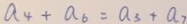
a _ { 4 } + a _ { 6 } = a _ { 3 } + a _ { 7 }